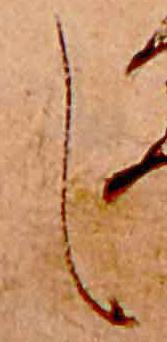
し